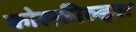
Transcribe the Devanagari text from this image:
कोल्फ़ील्ड्स